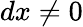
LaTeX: dx\neq 0